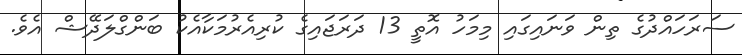
ސަރަހައްދުގެ ތިން ވަނައިގައި މިމަހު އޮތީ 13 ދަރަޖައިގެ ކުރިއެރުމަކާއެކު ބަންގްލަދޭޝް އެވެ.